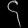
Digit: ၄